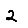
Digit: 2